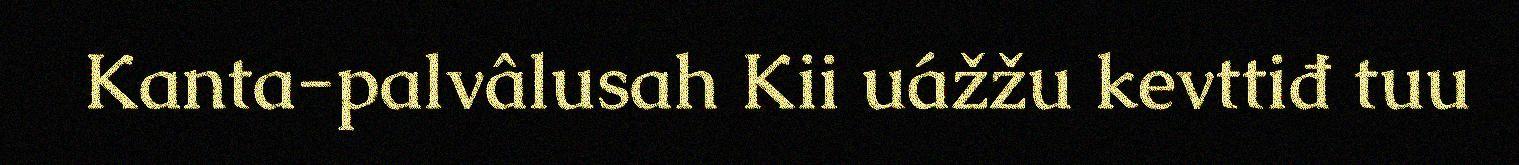
Kanta-palvâlusah Kii uážžu kevttiđ tuu